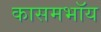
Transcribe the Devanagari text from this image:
कासमभॉय